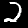
Digit: 2